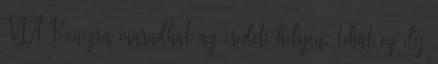
VIA Kanizsa maradhat az eredeti helyén, tehát ez ily